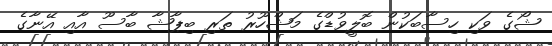
ޝޯގެ ވަކި ހިސާބަކުން ބޮލީވުޑްގެ މަޝްހޫރު ތަރި ބިޕާޝާ ބާސޫ އާއި އޭނާގެ